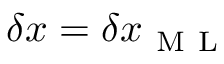
\delta x = \delta x _ { \mathrm { ~ M ~ L ~ } }